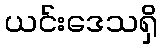
ယင်းဒေသရှိ